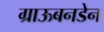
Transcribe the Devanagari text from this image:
ग्राऊबनडेन